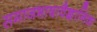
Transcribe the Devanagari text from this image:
समाजभाषावैज्ञानिक